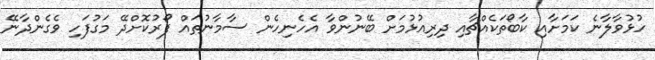
ހުޅުވާލާނެ ކަމަށާއި ކާބޯތަކެއްޗާއި ދިރިއުޅުމަށް ބޭނުންވާ އެހެނިހެން ސާމާނުތައް ފޯރުކޮށްދޭ މަގުފަހި ވެގެންދާނޭ